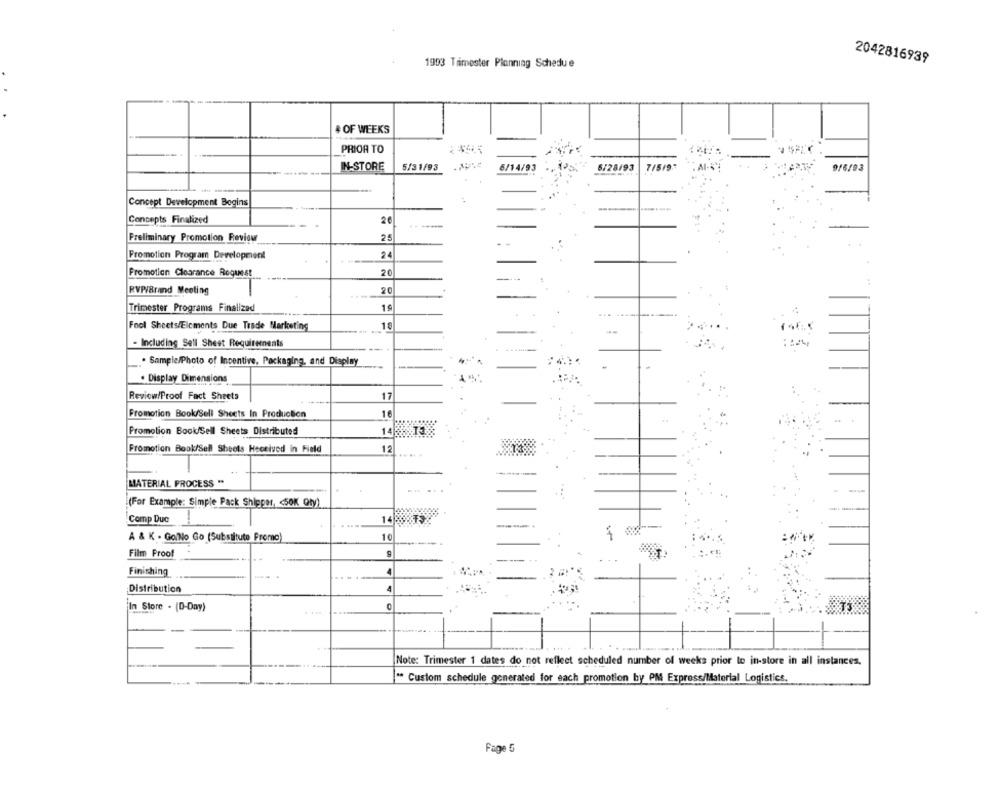
1993 Trimester Planning Schedue
2042816939
# OF WEEKS
PRIOR TO
IN-STORE
5/31/93
6/14/93
6/28/93
7/5/91
.Al-
9/6/93
Concept Development Begins
Concepts Finalized
20
Preliminary Promotion Review
25
24
Promotion Program Development
Promotion Clearance Request
20
RVP/Brand Meeting
20
Trimester Programs Finalized
10
Fool Sheets/Elements Due Trade Marketing
--
- Including Sell Sheet Requirements
. Sample/Photo of Incentive, Packaging, and Display
. Display Dimensions
Review/Proof Fact Sheets
17
Fromotion Book/Sell Sheets In Production
16
Promotion Book/Sell Sheets Distributed
Promotion Book/Sell Sheets Heceived in Field
12
--
MATERIAL PROCESS "
(For Example: Simple Pack Shipper, < 50K Qty)
Comp Duc
14
A & K . GaNo Go (Substituto Fromo)
10
Film Proof
Finishing
Distribution
4
In Store . (D-Day)
....
Note: Trimester 1 dates do not reflect scheduled number of weeks prior to in-store in all instances,
Custom schedule generated for each promotion by PM Express/Material Logistics.
Fage 5